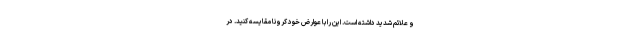
و علائم شدید داشته است. این را با عوارض خود کرونا مقایسه کنید. در